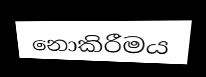
නොකිරීමය